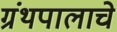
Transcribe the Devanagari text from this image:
ग्रंथपालाचे